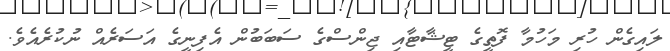
ލައިގެން ހުރި މަހުމާ ފޮތީގެ ޓީޝާޓާއި ޖިންސްގެ ސަބަބުން އެފިނީގެ އަސަރެއް ނުކުރެއެވެ.